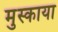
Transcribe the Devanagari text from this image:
मुस्काया